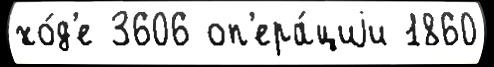
хо́д'е 3606 оп'ера́циjи 1860